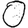
Digit: 0